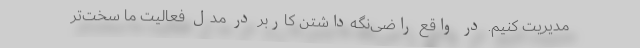
مدیریت کنیم. در واقع راضی‌نگه‌داشتن کاربر در مدل فعالیت ما سخت‌تر